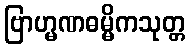
ဗြာဟ္မဏဓမ္မိကသုတ္တ